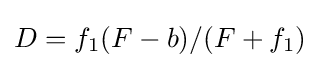
D=f_{1}(F-b)/(F+f_{1})